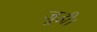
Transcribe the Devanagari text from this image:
जूडी।